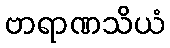
ဗာရာဏသိယံ